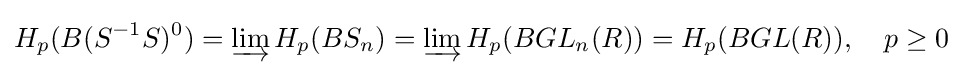
H_{p}(B(S^{-1}S)^{0})=\varinjlim H_{p}(BS_{n})=\varinjlim H_{p}(BGL_{n}(R))=H_{p}(BGL(R)),\quad p\geq 0